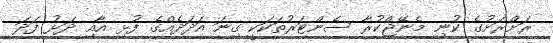
ރަށްރަށުގެ ކުނި މެނޭޖްކުރާ ސެންޓަރުތަކަކީ ގިނަ އަދަދެއްގެ ފުޅި އާއި ދަޅު ފަދަ